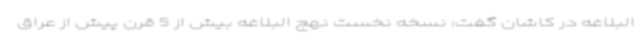
البلاغه در کاشان گفت: نسخه نخست نهج البلاغه بیش از 5 قرن پیش از عراق